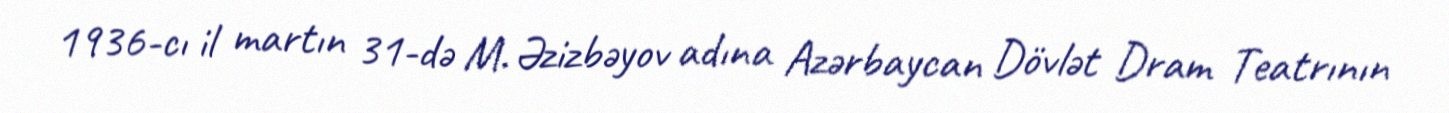
1936-cı il martın 31-də M. Əzizbəyov adına Azərbaycan Dövlət Dram Teatrının